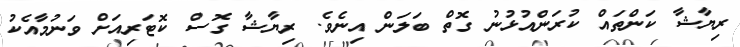
ރިޔާޝާ ކަންތައް ކުރަންއުޅުނު ގޮތް ބަލަން އިނެވެ. ރިޔާޝާ ގޮސް ކޮޓަރިއަށް ވަނުމާއެކު